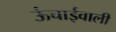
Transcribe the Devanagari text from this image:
ऊंचाईवाली